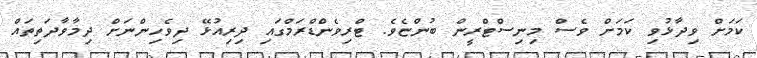
ކަމަށް ވިދާޅުވި ކަމަށް ވެސް މިނިސްޓްރީން ބުންޏެވެ. ޓްރިވެންޑްރަމްގައި ދިރިއުޅޭ ދިވެހިންނަށް ދިމާވާދަތިތައް